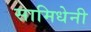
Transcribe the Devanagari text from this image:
सामिधेनी